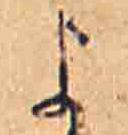
よ